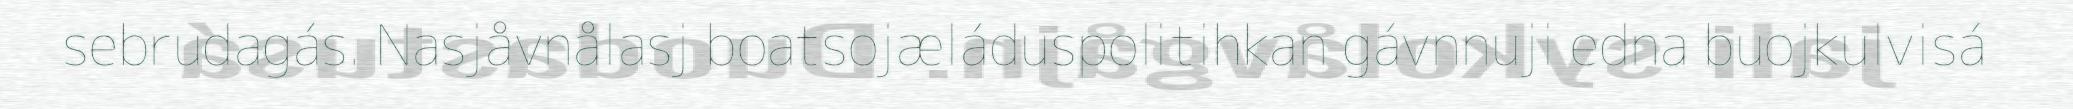
sebrudagás. Nasjåvnålasj boatsojæláduspolitihkan gávnnuji edna buojkulvisá